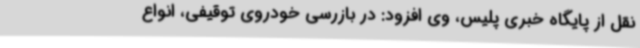
نقل از پایگاه خبری پلیس، وی افزود: در بازرسی خودروی توقیفی، انواع